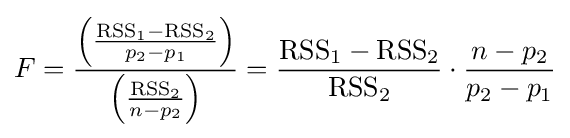
F={\frac {\left({\frac {{\text{RSS}}_{1}-{\text{RSS}}_{2}}{p_{2}-p_{1}}}\right)}{\left({\frac {{\text{RSS}}_{2}}{n-p_{2}}}\right)}}={\frac {{\text{RSS}}_{1}-{\text{RSS}}_{2}}{{\text{RSS}}_{2}}}\cdot {\frac {n-p_{2}}{p_{2}-p_{1}}}